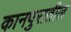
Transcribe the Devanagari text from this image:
कानपुरातील